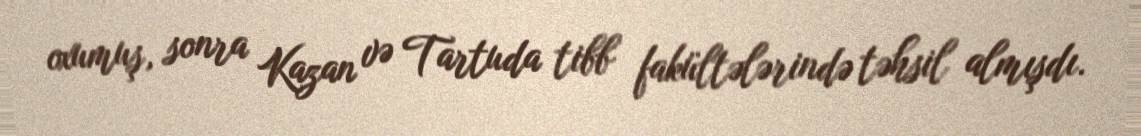
oxumuş, sonra Kazan və Tartuda tibb fakültələrində təhsil almışdı.